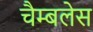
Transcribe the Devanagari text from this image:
चैम्बलेस